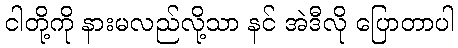
ငါတို့ကို နားမလည်လို့သာ နင် အဲဒီလို ပြောတာပါ